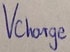
Text: Vcharge